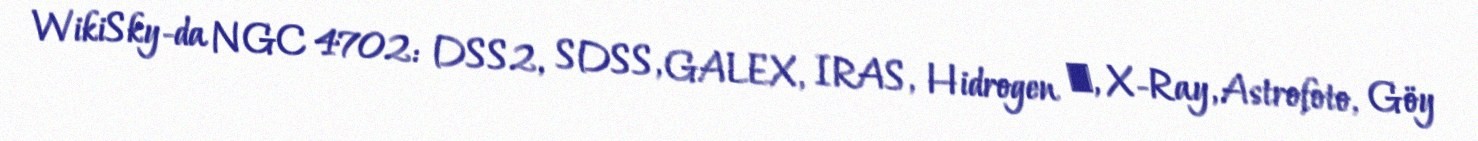
WikiSky-da NGC 4702: DSS2, SDSS, GALEX, IRAS, Hidrogen α, X-Ray, Astrofoto, Göy